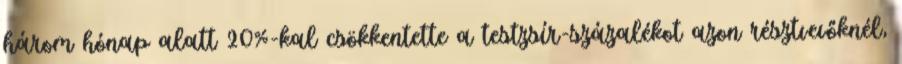
három hónap alatt 20%-kal csökkentette a testzsír-százalékot azon résztvevőknél,